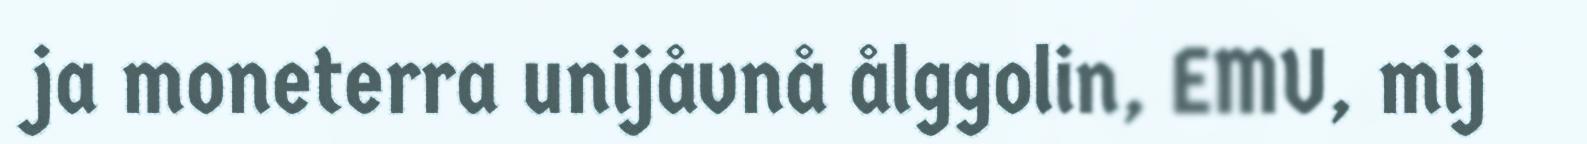
ja moneterra unijåvnå ålggolin, EMU, mij